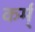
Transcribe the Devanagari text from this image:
कर्म्